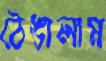
ঠেঙালাম